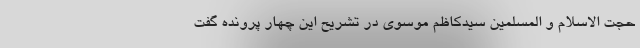
حجت الاسلام و المسلمین سیدکاظم موسوی در تشریح این چهار پرونده گفت